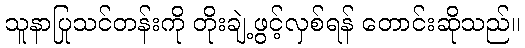
သူနာပြုသင်တန်းကို တိုးချဲ့ဖွင့်လှစ်ရန် တောင်းဆိုသည်။